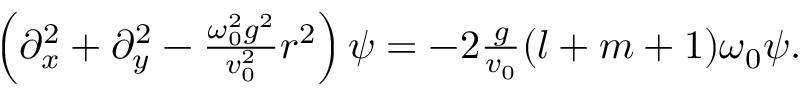
\begin{array} { r } { \left( \partial _ { x } ^ { 2 } + \partial _ { y } ^ { 2 } - \frac { \omega _ { 0 } ^ { 2 } g ^ { 2 } } { v _ { 0 } ^ { 2 } } r ^ { 2 } \right) \psi = - 2 \frac { g } { v _ { 0 } } ( l + m + 1 ) \omega _ { 0 } \psi . } \end{array}